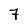
Character: 7